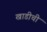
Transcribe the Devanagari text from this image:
खाडीची